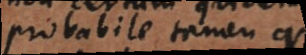
probabile tamen quod